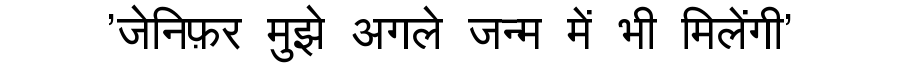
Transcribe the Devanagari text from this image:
'जेनिफ़र मुझे अगले जन्म में भी मिलेंगी'